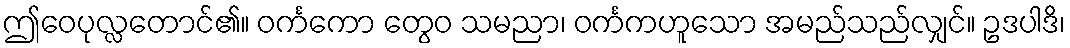
ဤဝေပုလ္လတောင်၏။ ဝင်္ကကော တွေဝ သမညာ၊ ဝင်္ကကဟူသော အမည်သည်လျှင်။ ဥဒပါဒိ၊